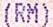
(RM)